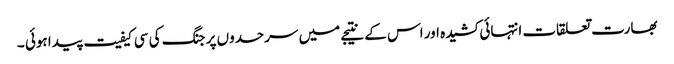
بھارت تعلقات انتہائی کشیدہ اور اس کے نتیجے میں سرحدوں پر جنگ کی سی کیفیت پیدا ہوئی ۔